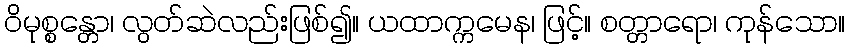
ဝိမုစ္စန္တော၊ လွတ်ဆဲလည်းဖြစ်၍။ ယထာက္ကမေန၊ ဖြင့်။ စတ္တာရော၊ ကုန်သော။